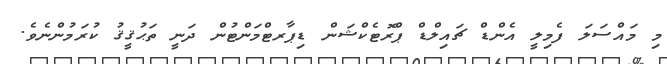
މި މައްސަލަ ފެމިލީ އެންޑް ޗައިލްޑް ޕްރޮޓެކްޝަން ޑިޕާރޓްމަންޓުން ދަނީ ތަޙުޤީޤު ކުރަމުންނެވެ.